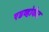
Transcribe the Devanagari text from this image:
एडव्होकेट